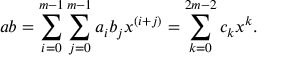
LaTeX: a b = \sum _ { i = 0 } ^ { m - 1 } \sum _ { j = 0 } ^ { m - 1 } a _ { i } b _ { j } x ^ { ( i + j ) } = \sum _ { k = 0 } ^ { 2 m - 2 } c _ { k } x ^ { k } .